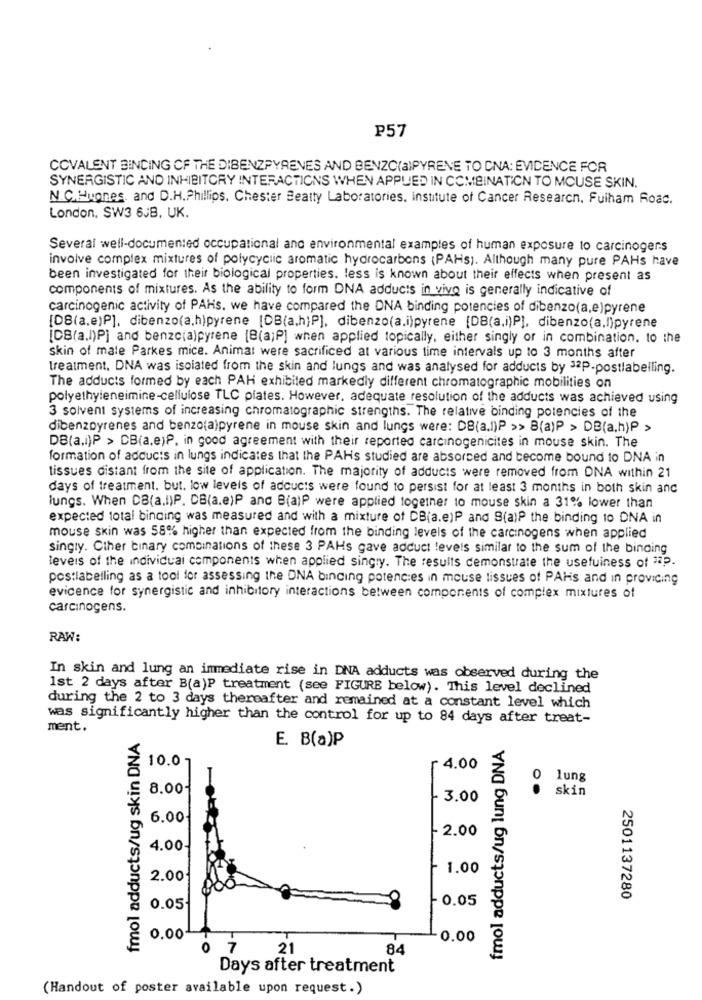
P57
COVALENT BINDING OF THE DIBENZPYRENES AND BENZO(alPYRENE TO CNA: EVIDENCE FOR
SYNERGISTIC AND INHIBITORY INTERACTIONS WHEN APPLIED IN COMBINATION TO MCUSE SKIN.
N.C.Huones. and D.H.Phillips. Chester Beatty Laboratories. Institute of Cancer Research, Fuiham Road.
London, SW3 6JB, UK.
Several well-documented occupational and environmental examples of human exposure to carcinogens
involve complex mixtures of polycyclic aromatic hydrocarbons (PAHs). Although many pure PAHs have
been investigated for their biological properties. less is known about their effects when present as
components of mixtures. As the ability to form DNA adducts in vivo is generally indicative of
carcinogenic activity of PAHs. we have compared the DNA binding potencies of dibenzo(a,e)pyrene
[DB(a.e)P], dibenzo(a,h)pyrene [DB(a.h;P], dibenzo(a.i)pyrene [DB(a.i)P], dibenzo(a.f)pyrene
[CB(a.I)P] and benzc(a)pyrene [B(a;P] when applied topically, either singly or in combination, to the
skin of male Parkes mice. Animal were sacrificed at various time intervals up to 3 months after
treatment, DNA was isolated from the skin and lungs and was analysed for adducts by 32P-postlabelling.
The adducts formed by each PAH exhibited markedly different chromatographic mobilities on
polyethyleneimine-cellulose TLC plates. However, adequate resolution of the adducts was achieved using
3 solvent systems of increasing chromatographic strengths. The relative binding potencies of the
dibenzoyrenes and benzo(a)pyrene in mouse skin and lungs were: DB(a.I)P >> B(a)P > DB(a.h)P >
DB(a.i)P > DB(a,e)P, in good agreement with their reported carcinogenicites in mouse skin. The
formation of adducts in lungs indicates that the PAHs studied are absorced and become bound to DNA in
tissues distant from the site of application. The majority of adducts were removed from DNA within 21
days of treatment. but. low levels of adcucts were found to persist for at least 3 months in both skin and
lungs. When DB(a.I)P. DB(a.e)P and B(a)P were applied together to mouse skin a 31% lower than
expected total binding was measured and with a mixture of DB(a.e)P and 9(a)P the binding 10 DNA in
mouse skin was 58% higher than expected from the binding levels of the carcinogens when applied
singly. Other binary combinations of these 3 PAHs gave adduct levels similar to the sum of the binding
levels of the individual components when applied singry. The results demonstrate the usefulness of 3P.
postlabelling as a tool for assessing the DNA binding potencies in mouse tissues of PAHs and in providing
evicence for synergistic and inhibitory interactions between components of complex mixtures of
carcinogens.
RAW:
In skin and lung an immediate rise in DNA adducts was observed during the
1st 2 days after B(a)P treatment (see FIGURE below). This level declined
during the 2 to 3 days thereafter and remained at a constant level which
was significantly higher than the control for up to 84 days after treat-
ment.
fmol adducts/ug skin DNA
E. B(a)P
fmol adducts/ug lung DNA
10.0
4.00
lung
O
8.00-
skin
3.00
6.00-
2.00
4.00-
1.00
2.00
- 0.05
2501137280
0.05
0.00
0.00
7
21
84
Days after treatment
(Handout of poster available upon request.)